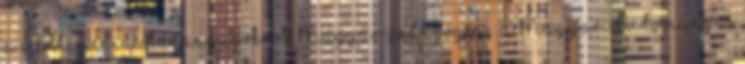
a multimédiás tananyagokról. Magyar pedagógia : a Magyar Tudományos